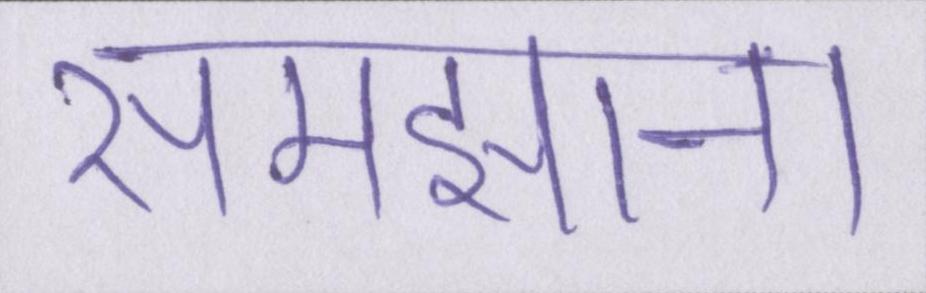
समझाना